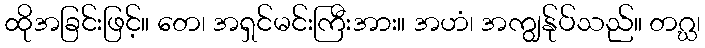
ထိုအခြင်းဖြင့်။ တေ၊ အရှင်မင်းကြီးအား။ အဟံ၊ အကျွန်ုပ်သည်။ တဂ္ဃ၊